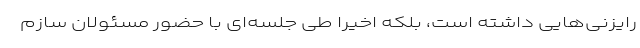
رایزنی‌هایی داشته است، بلکه اخیرا طی جلسه‌ای با حضور مسئولان سازم